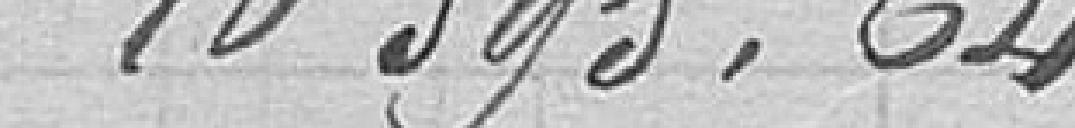
10 595,64